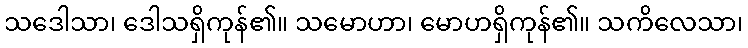
သဒေါသာ၊ ဒေါသရှိကုန်၏။ သမောဟာ၊ မောဟရှိကုန်၏။ သကိလေသာ၊